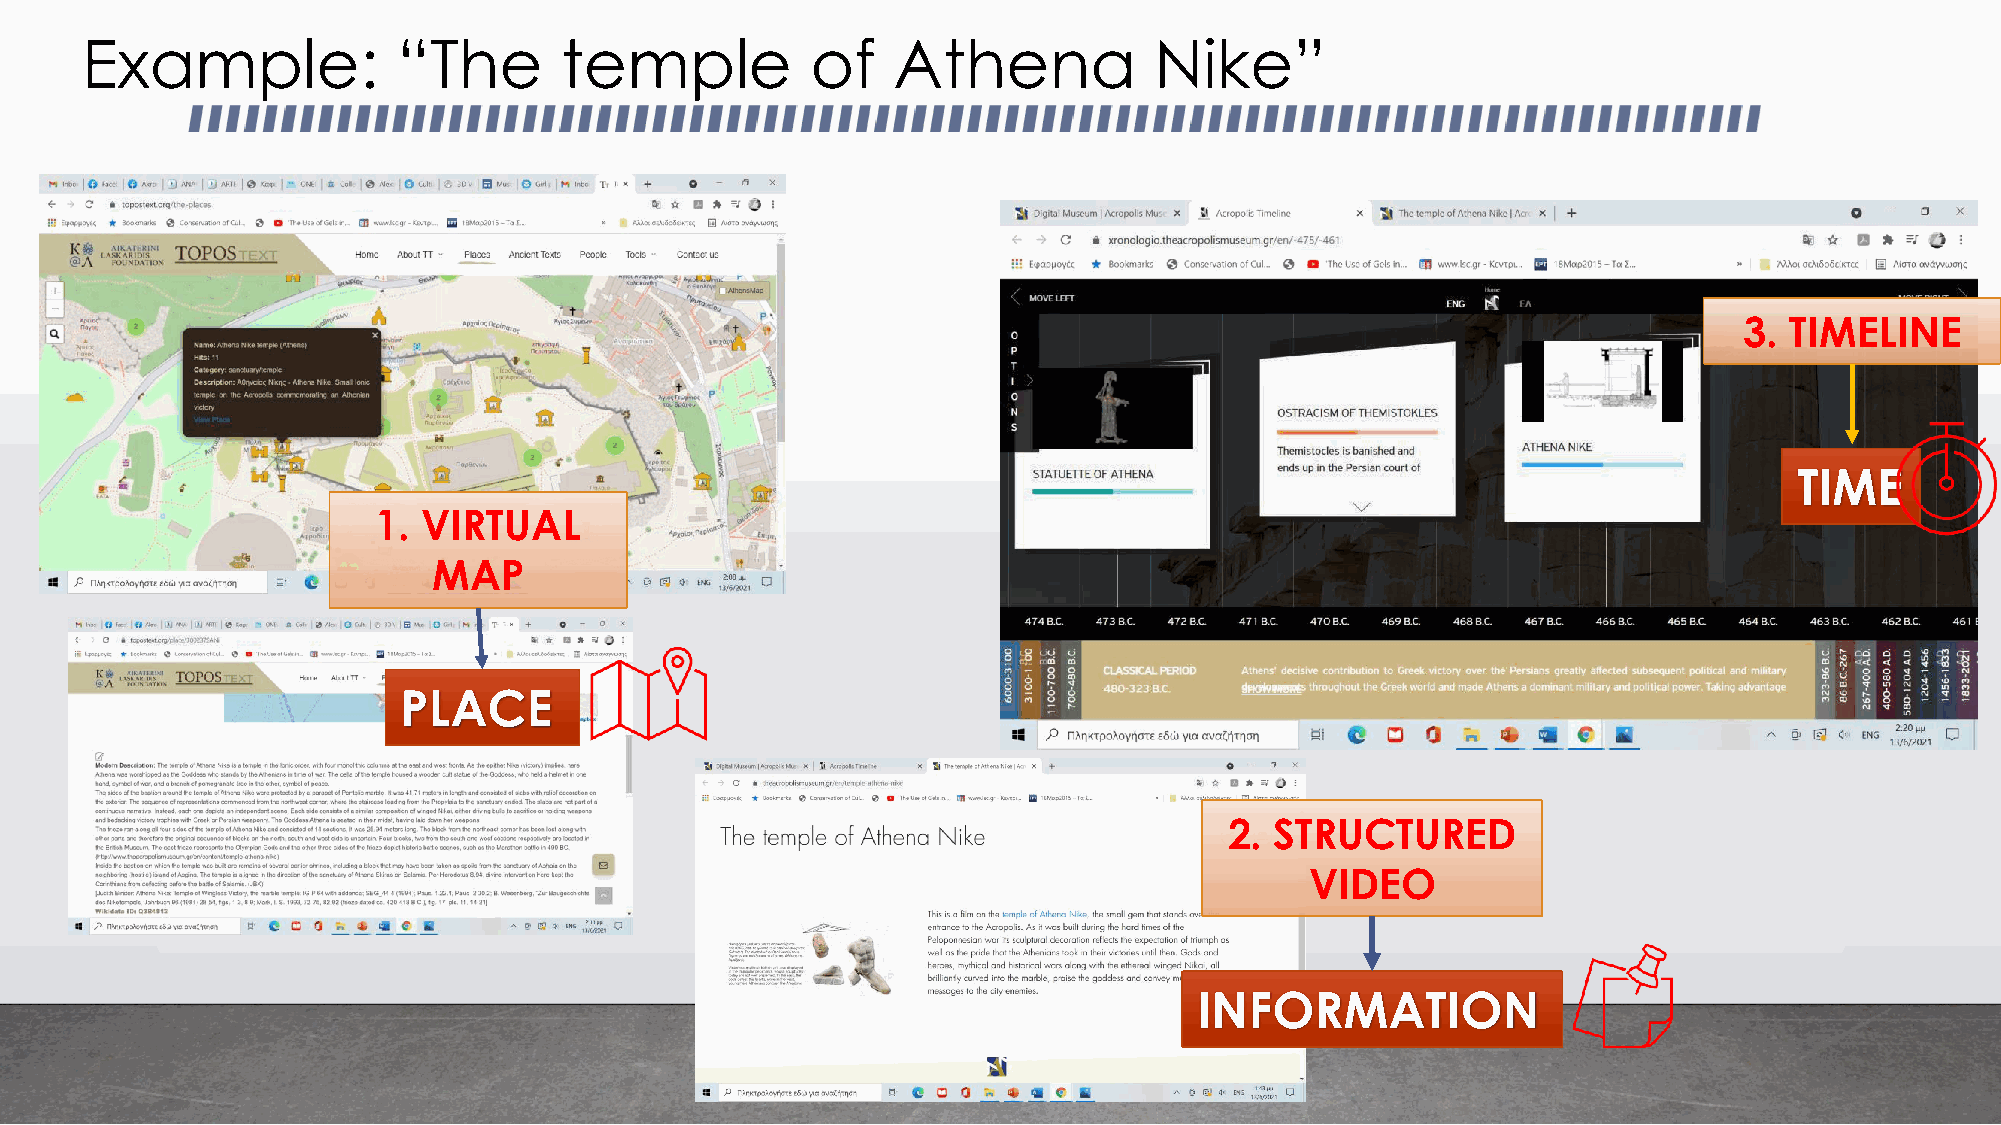
Example:             “The       temple           of   Athena           Nike”
 3. TIMELINE
 TIME
 1. VIRTUAL
 MAP
 PLACE
 2. STRUCTURED
 VIDEO
 INFORMATION